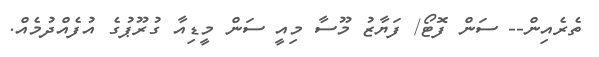
ތެރެއިން-- ސަން ފޮޓޯ/ ފަޔާޒު މޫސާ މިއީ ސަން މީޑިއާ ގުރޫޕުގެ އުފެއްދުމެއް.